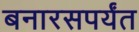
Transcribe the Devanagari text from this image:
बनारसपर्यंत